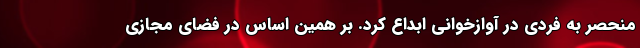
منحصر به فردی در آوازخوانی ابداع کرد. بر همین اساس در فضای مجازی